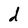
Character: d